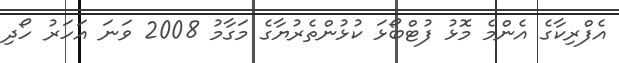
އެފްރިކާގެ އެންމެ މޮޅު ފުޓްބޯޅަ ކުޅުންތެރުޔާގެ މަގާމު 2008 ވަނަ އަހަރު ހޯދި